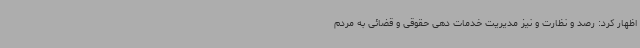
اظهار کرد: رصد و نظارت و نیز مدیریت خدمات دهی حقوقی و قضائی به مردم